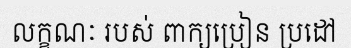
លក្ខណៈ របស់ ពាក្យប្រៀន ប្រដៅ